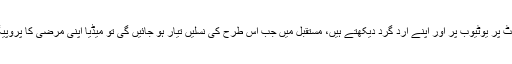
یہ لوگ وہی کچھ جانتے ہیں جو یہ ٹی وی پر انٹرنیٹ پر یوٹیوب پر اور اپنے ارد گرد دیکھتے ہیں، مستقبل میں جب اس طرح کی نسلیں تیار ہو جائیں گی تو میڈیا اپنی مرضی کا پروپیگنڈا کر کے بڑے بڑے مقاصد حاصل کر سکے گا۔